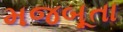
મજબૂતા